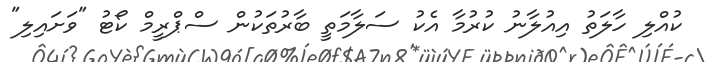
ކުއްލި ހާލަތު އިއުލާނު ކުރުމާ އެކު ސަލާމަތީ ބާރުތަކުން ސްޕްރީމް ކޯޓު "ވަށައިލި"